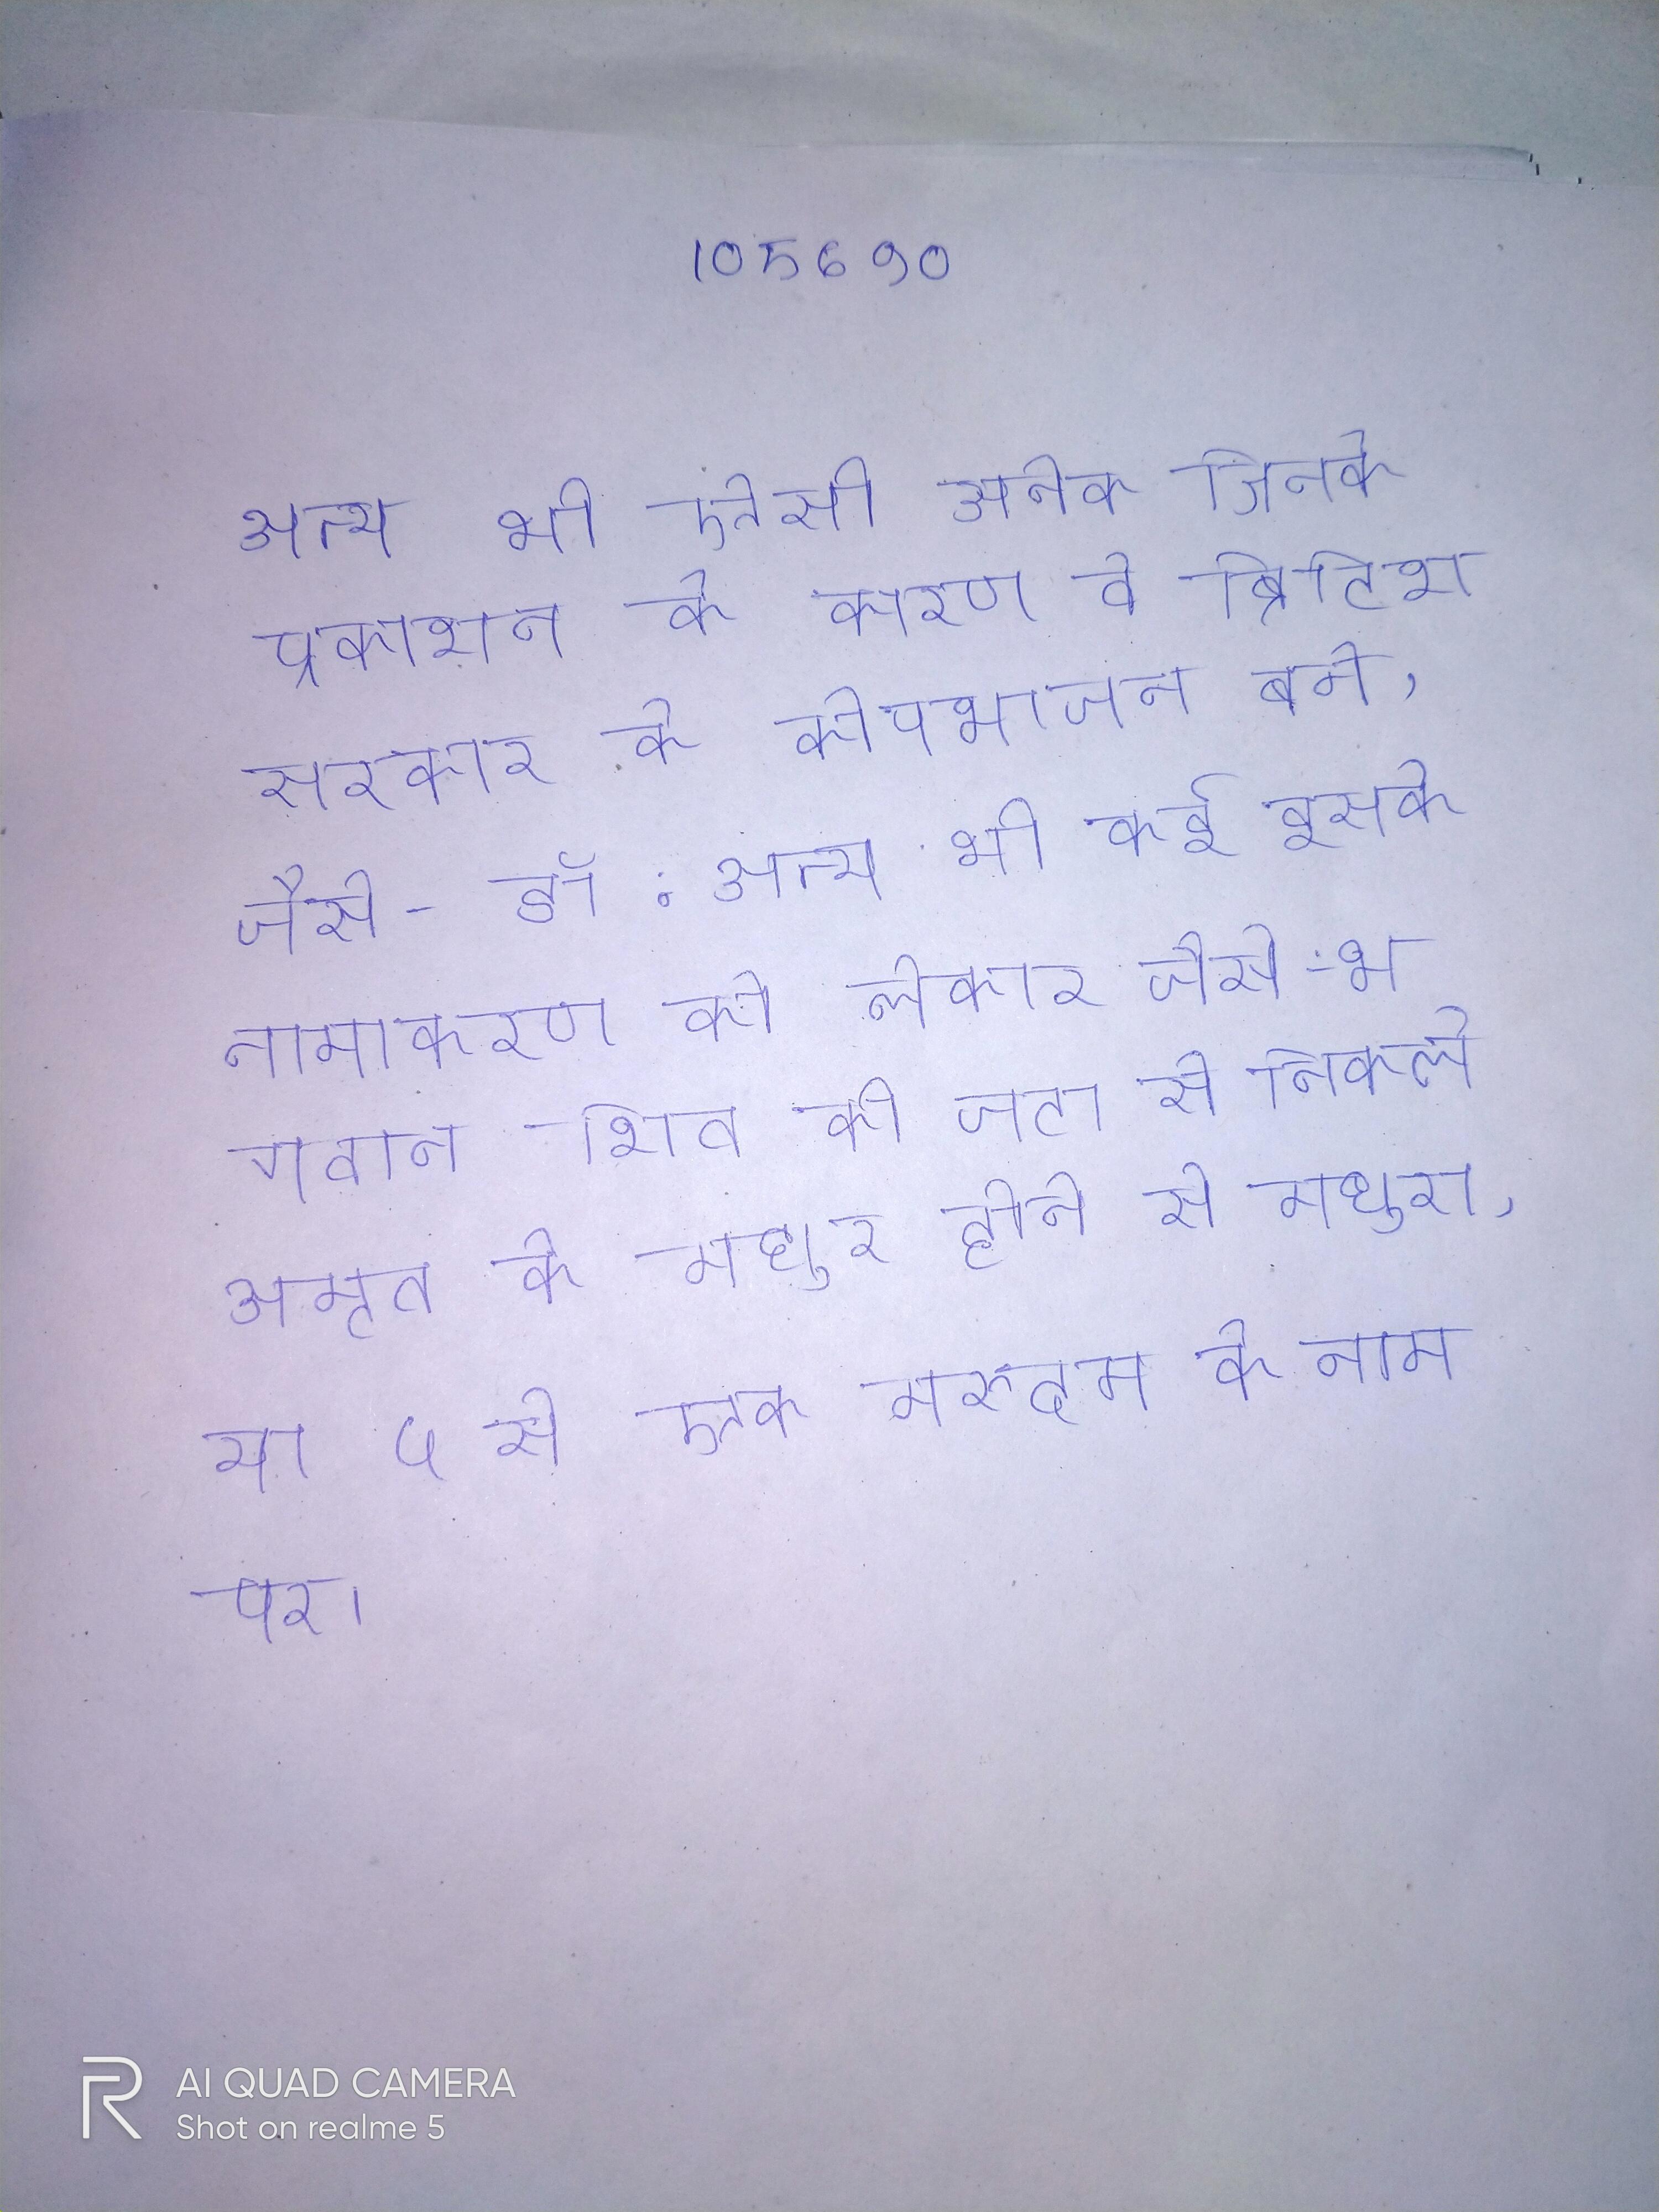
अन्य भी ऐसी अनेक जिनके प्रकाशन के कारण वे ब्रिटिश सरकार के कोपभाजन बने, जैसे- डॉ . अन्य भी कई इसके नामाकरण को लेकर जैसे - भगवान शिव की जटा से निकले अमृत के मधुर होने से मधुरा, या ५ से एक मरुदम के नाम पर ।